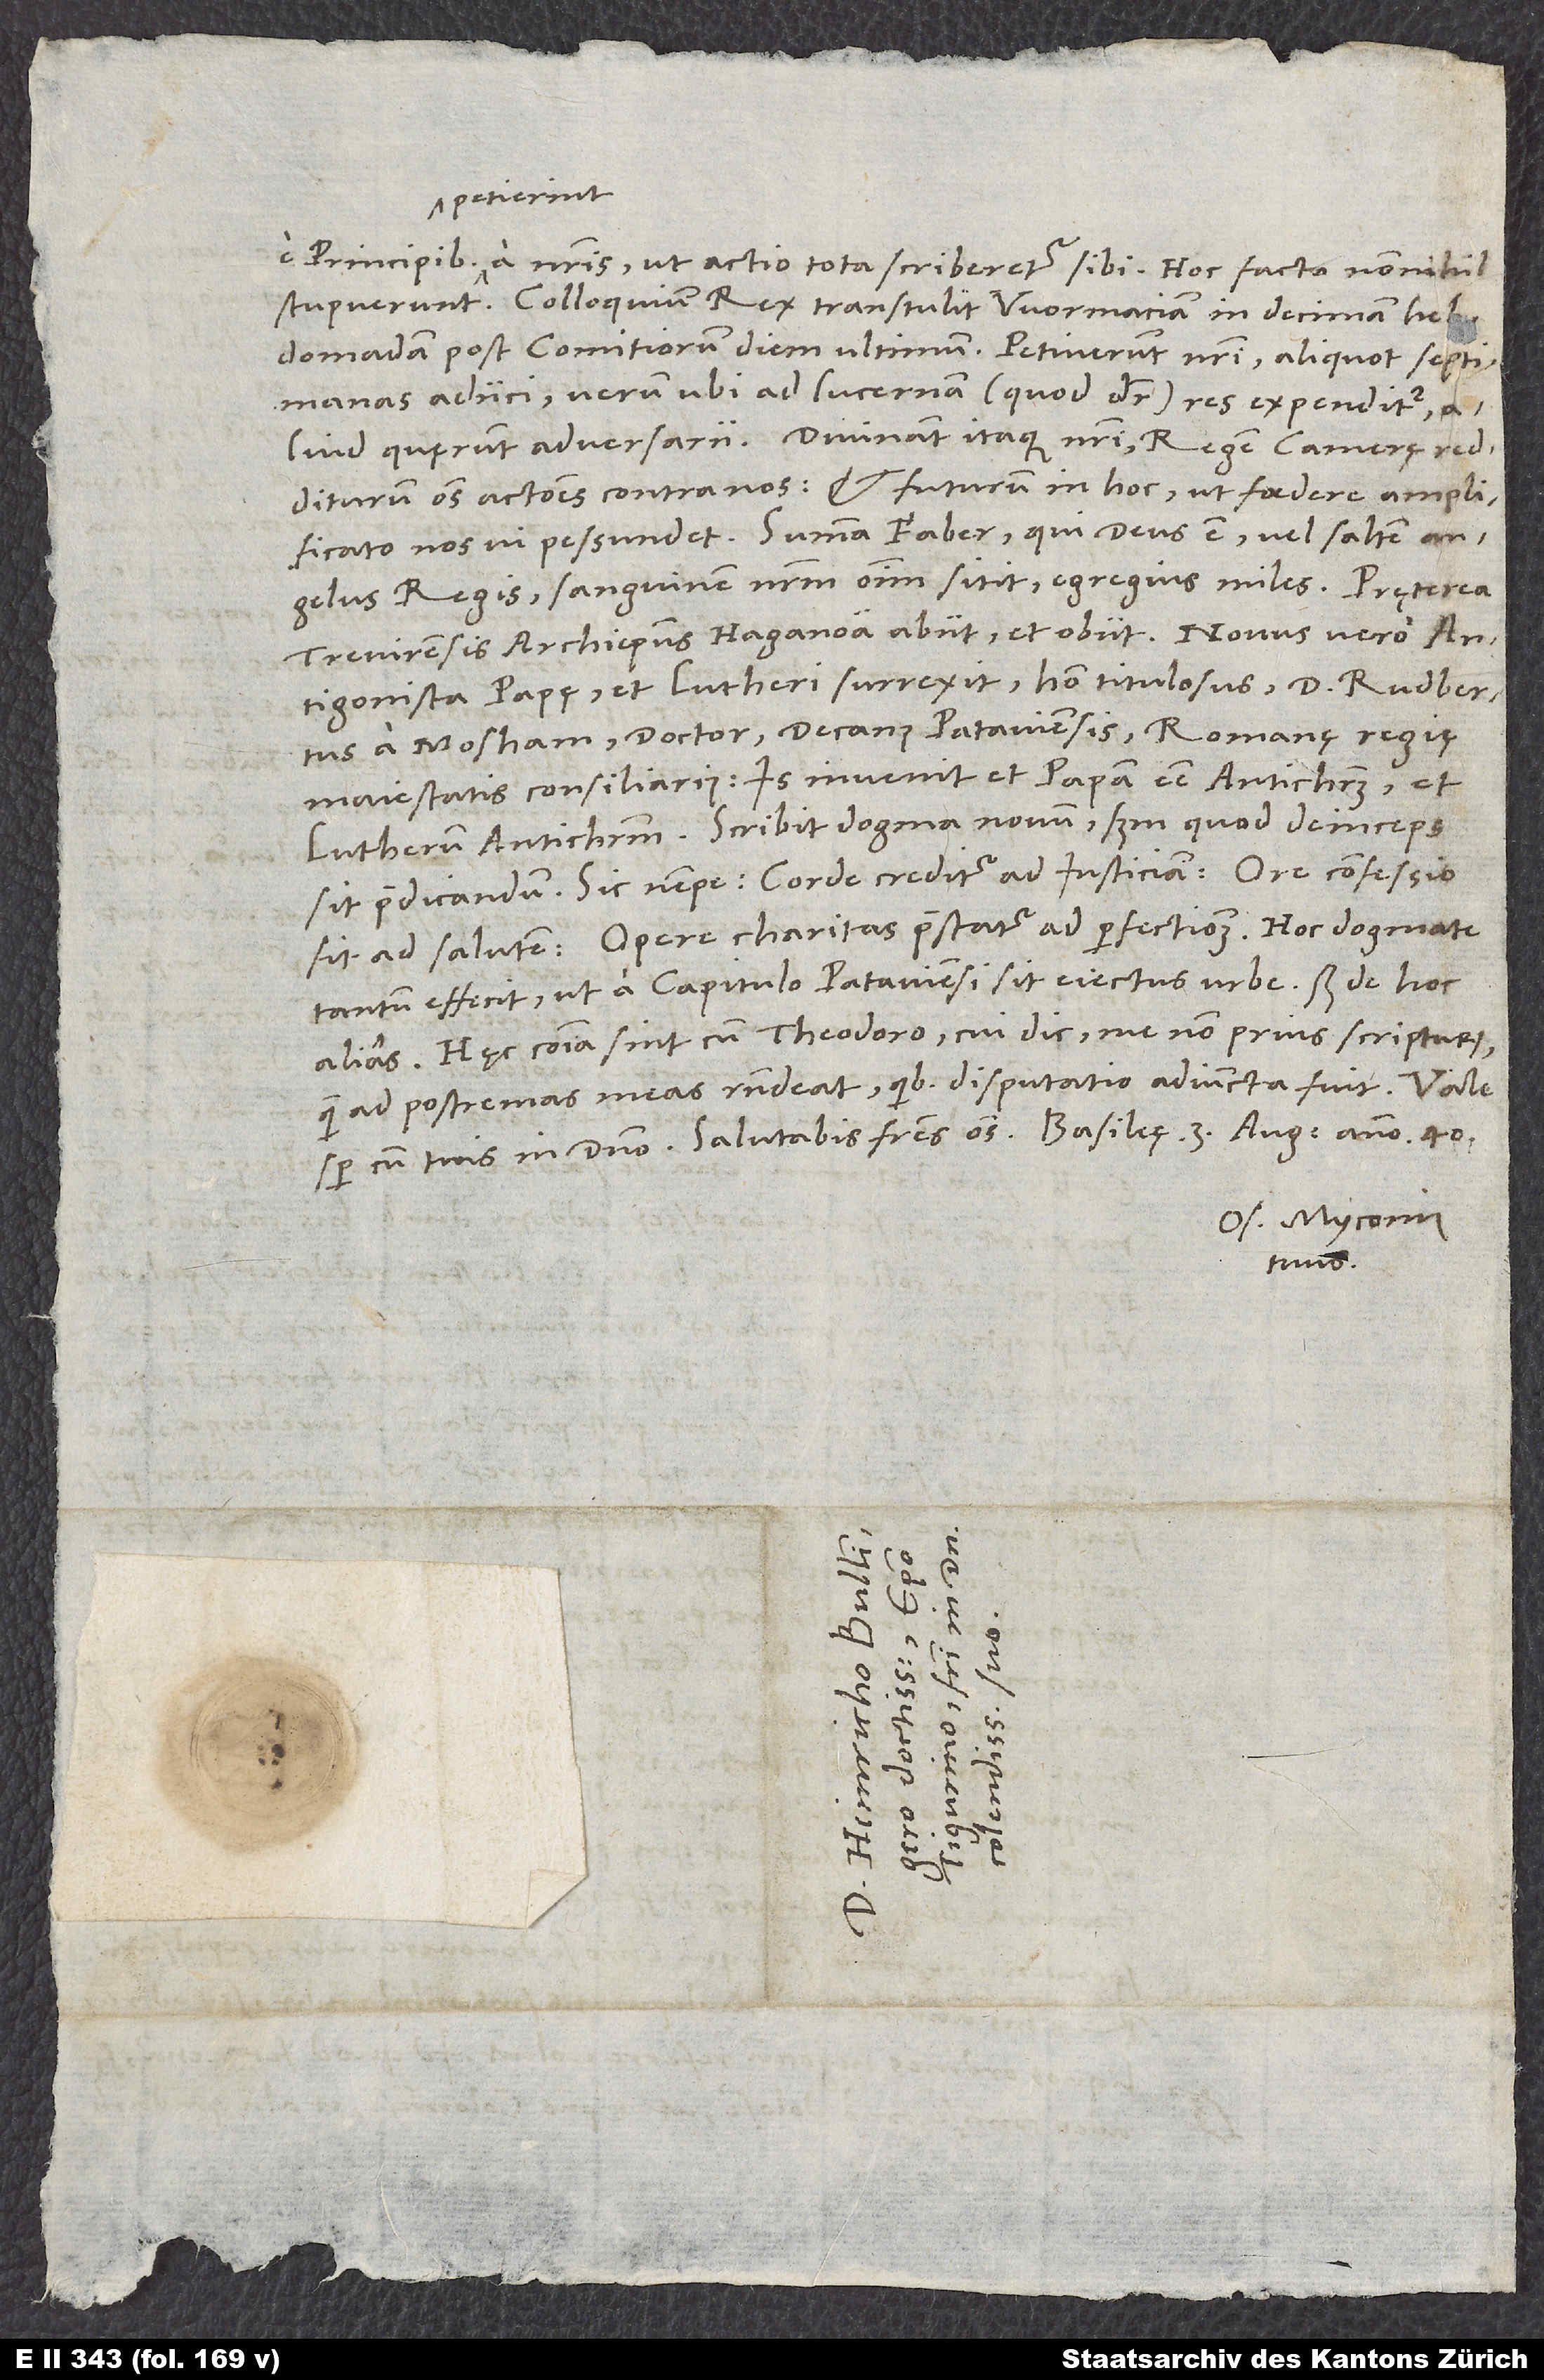
petierint
a nostris, ut actio tota scriberetur sibi. Hoc facto nonnihil
stupuerunt. Colloquium rex transtulit Wormaciam in decimam hebdomadam
post comitiorum diem ultimum. Petiverunt nostri aliquot septimanas
adiici; verum ubi ad lucernam (quod dicitur) res expenditur,
aliud quęrunt adversarii. Divinant itaque nostri regem camerę redditurum
omnes actiones contra nos et futurum in hoc, ut foedere amplificato
nos vi pessundet. Summa: Faber, qui deus est vel saltem
angelus regis, sanguinem nostrum omnium sitit egregius miles.
Trevirensis archiepiscopus Haganoa abiit et obiit. Novus vero
antagonista papę et Lutheri surrexit, homo titulosus, d. Rudbertus
a Mosham, doctor, decanus Pataviensis, Romanę regię
maiestatis consiliarius. Is invenit et papam esse antichristum et
sit praedicandum, sic nempe: Corde creditur ad iusticiam, ore confessio
fit ad salutem , opere charitas praestatur ad perfectionem. Hoc dogmate
tantum effecit, ut a capitulo Pataviensi sit eiectus urbe; sed de hoc
Hęc communia sint cum Theodoro, cui dic me non prius scripturum,
quam ad postremas meas respondeat, quibus disputatio adiuncta fuit.
semper cum tuis in domino. Salutabis fratres omnes. Basileę, 3. augusti anno 40.
Os. Myconius
tuus.
si
S.